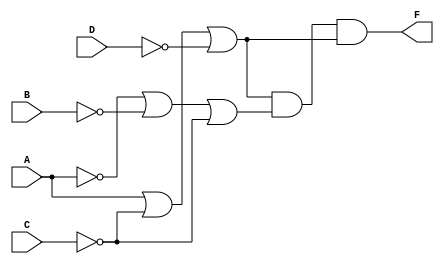
`timescale 1ns / 1ps
//////////////////////////////////////////////////////////////////////////////////
// Company: 
// Engineer: 
// 
// Design Name: 
// Module Name: HW1_comb_hf_gatelevel
// Project Name: 
// Target Devices: 
// Tool Versions: 
// Description: 
// 
// Dependencies: 
// 
// Revision:
// Revision 0.01 - File Created
// Additional Comments:
// 
//////////////////////////////////////////////////////////////////////////////////


module HW1_comb_hf_gatelevel(A, B, C, D, F);
    input A, B, C, D;
    output F;
    wire notD, notC, notA, notB, orABD, orACD, orABC, orBCD;
    not #10 G1(notA, A);
    not #10 G2(notB, B);
    not #10 G3(notC, C);
    not #10 G4(notD, D);
    or #10 G5(orABD, A, B, notD);
    or #10 G6(orACD, A, notC, notD);
    or #10 G7(orABC, notA, notB, notC);
    or #10 G8(orBCD, notb, notC, notD);
    and #10 G9(F, orACD, orABC, orACD);
endmodule